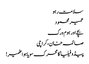
سلامت رہو
عمیر محمود
بچے اور ہوم ورک
صائمہ خان، کراچی
پیڈوفیلیا کامحرک سویا ہوا ضمیر!